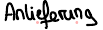
Anlieferung